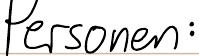
Personen: